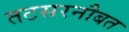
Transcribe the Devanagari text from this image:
तटसरनौबत